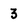
Character: 3